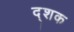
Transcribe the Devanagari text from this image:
द्शक